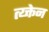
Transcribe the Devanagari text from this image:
त्य्क्तेन